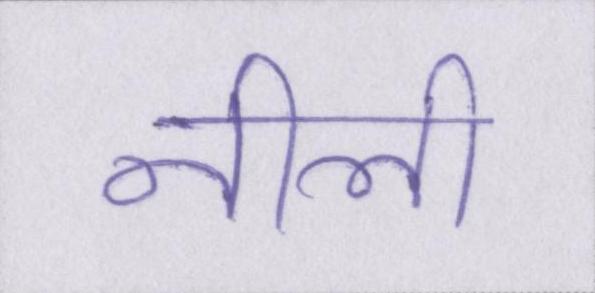
नीली